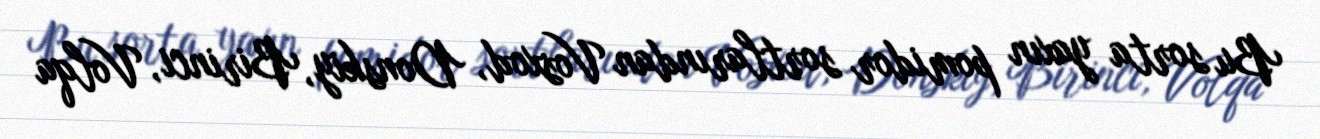
Bu sorta yaxın pomidor sortlarından Vosxod, Donskiy, Birinci, Volqa